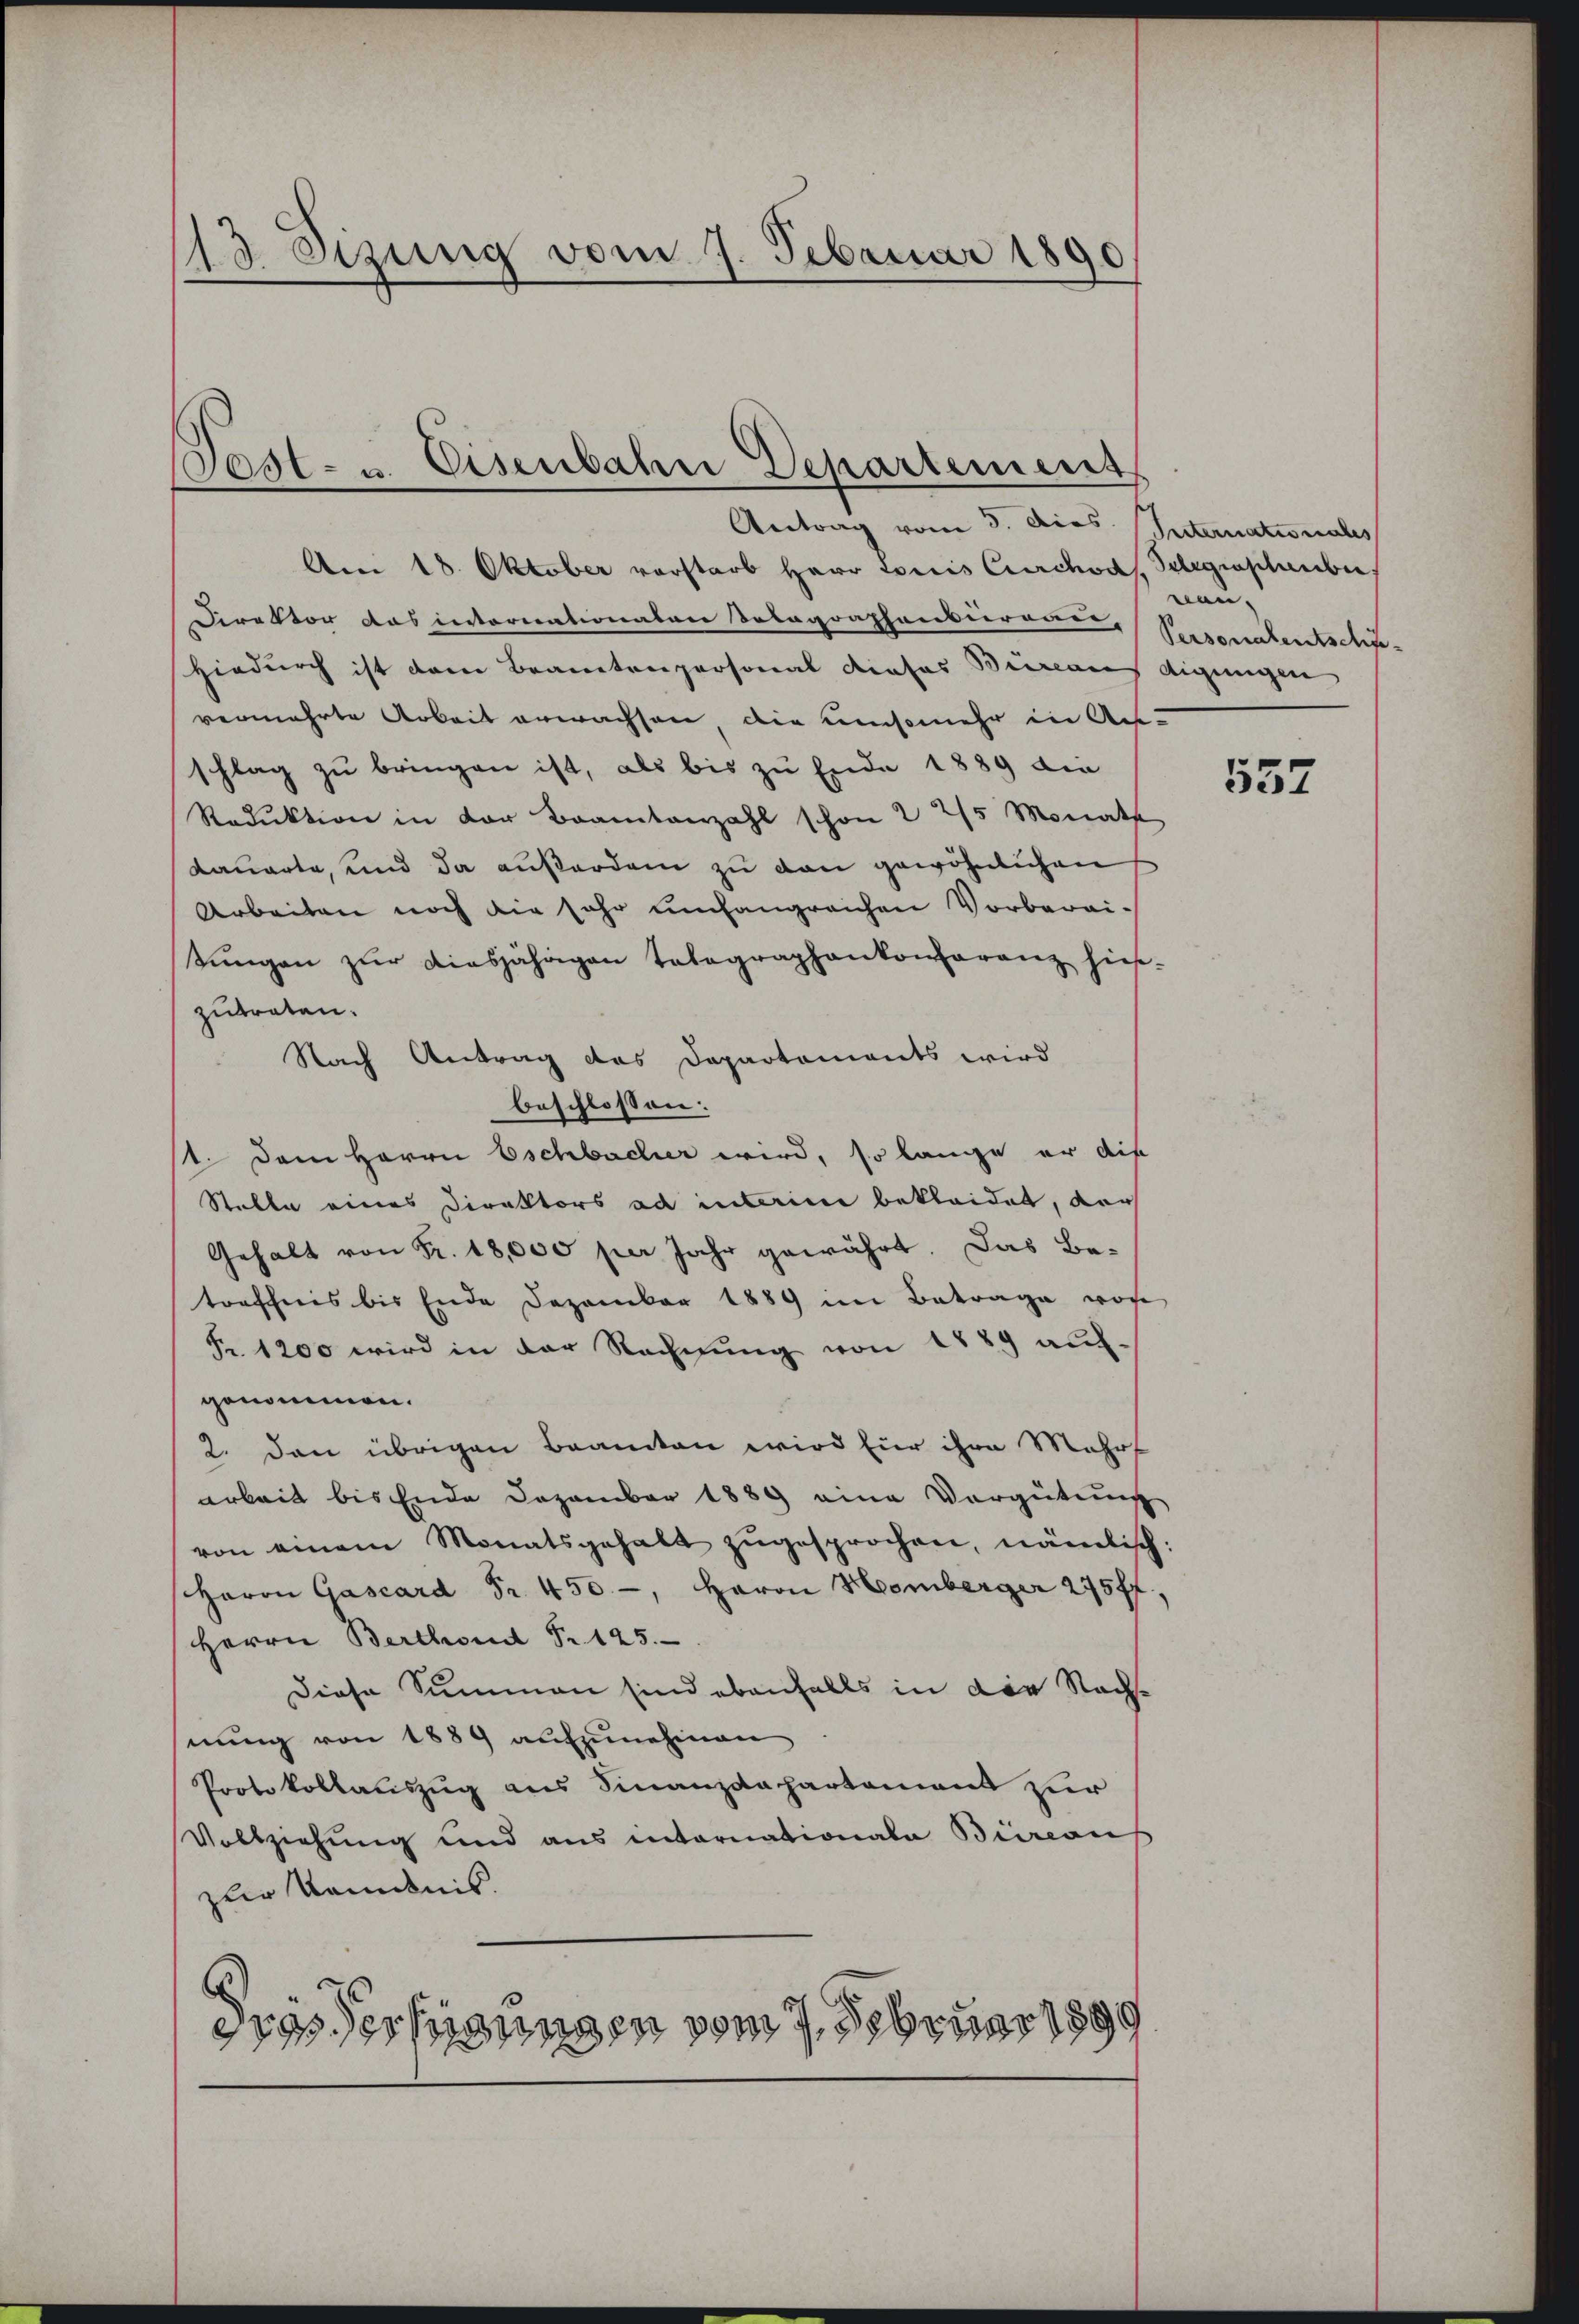
13. Sizung vom 7. Februar 1895

Past- u. Eisenbahn Departement

Antrag vom 5. Dies Internationales
Am 18. Oktober vorstarb Herr Loris Curchod, Gelegrastauber,
Direktor das internationalen Dolagraphensurare, Ssonalentschie-
Hiedurch ist dem Brantenpersonal dieses Büreaus digungen
vermehrte Arbeit erwachsen, die umsomehr in Aus-
schlag zu bringen ist, als bis zu Ende 1889 die
Reduktion in der Brantenzahl schon 2 25 Monath
dauerte, und da außerdem zu den gewöhnlichen
Arbeiten noch die sehr umfangreichen Vorberaitŭngen zŭr diesjährigen Talegraphenkonfaranz hieszutreten.
Nach Antrag des Departements wird
beschlossen:
11. Dem Herrn Eschbacher wird, so lange er die
Stalle eines Direktors ad intaine bekleidet, der
Gehalt von Fr. 18,000 per Jahr gewährt. Das Be-
torschnis bis Ende Dezember 1889 im Betrage von
Fr. 1200 wird in der Rechnŭng von 1889 auf-
genommen.
2. den übrigen Beamten wird für ihre Mehrf
arbeit bis Ende Dezember 1889 eine Vergütung
von einem Monatsgehalt zugesprochen, nämlich
Herrn Gascard Fr. 450 -, Herrn Homberger 2757f
Herrn Berthoud S. 125.
Diese Summen sind ebenfalls in die Nachnŭng von 1889 aŭfzŭnehmen.
Protokollauszug aus Finanzdepartement zur
Vollziehung und aus internationale Bimcaus
zur Kenntnis.

dies Verfügungen vom 7. Februar 1899

nen.

557